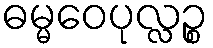
ဓမ္မဝေပုလ္လဉ္စ